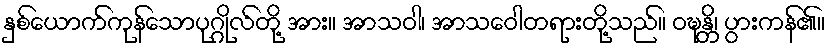
နှစ်ယောက်ကုန်သောပုဂ္ဂိုလ်တို့ အား။ အာသဝါ၊ အာသဝေါတရားတို့သည်။ ဝဍ္ဎန္တိ၊ ပွားကန်၏။